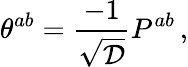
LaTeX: \theta^{ab}={\frac{-1}{\sqrt{\cal D}}}P^{ab}\, ,